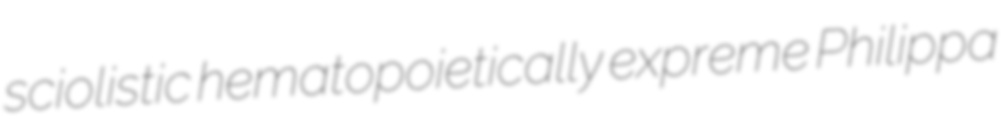
sciolistic hematopoietically expreme Philippa